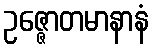
ဥဇ္ဇောတမာနာနံ